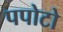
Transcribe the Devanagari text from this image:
पपोटो